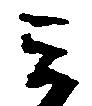
ミ